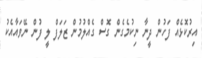
އިރުކޮޅެއް ފަހުން ދީނާ ނިކުމެގެން ގޮސް ގެއްލުމުން ޒަލަފް ލީ ފުން ނޭވައާއެކު